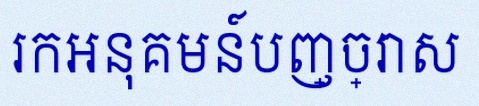
រកអនុគមន៍បញ្ច្រាស